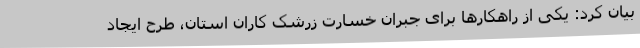
بیان کرد: یکی از راهکارها برای جبران خسارت زرشک کاران استان، طرح ایجاد